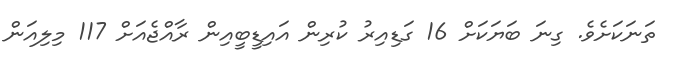
ތަނަކަށެވެ. ގިނަ ބަޔަކަށް 16 ގަޑިއިރު ކުރިން އައިޑީބީއިން ރާއްޖެއަށް 117 މިލިއަން